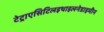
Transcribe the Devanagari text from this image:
टेट्राएसिटिलइथाइलनेडाइमीन